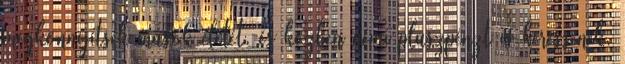
megkönnyítsék mások életét, és közben némi pluszpénzt is keressenek.